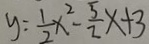
y : \frac { 1 } { 2 } x ^ { 2 } - \frac { 5 } { 2 } x + 3